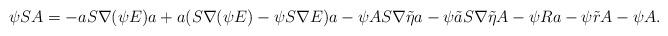
LaTeX: \begin{align*} \psi SA = - a S\nabla(\psi E) a + a (S\nabla(\psi E) - \psi S\nabla E ) a - \psi A S\nabla \tilde\eta a - \psi \tilde a S\nabla\tilde \eta A - \psi R a - \psi \tilde r A - \psi A . \end{align*}